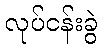
လုပ်ငန်းခွဲ